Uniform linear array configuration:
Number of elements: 64
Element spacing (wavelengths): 0.5
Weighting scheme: hamming
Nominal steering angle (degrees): -15
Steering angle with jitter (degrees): -16.797
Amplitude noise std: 0.05
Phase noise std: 0.05

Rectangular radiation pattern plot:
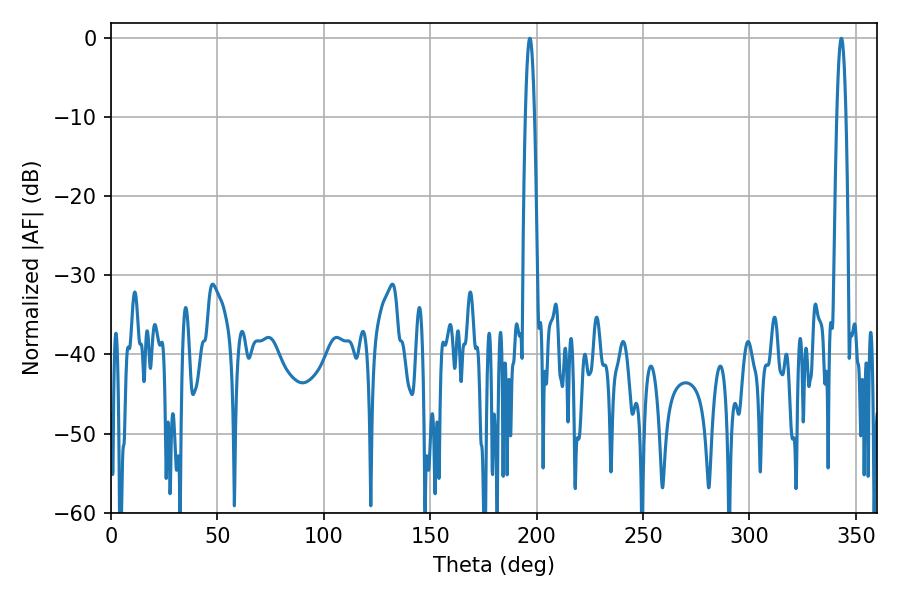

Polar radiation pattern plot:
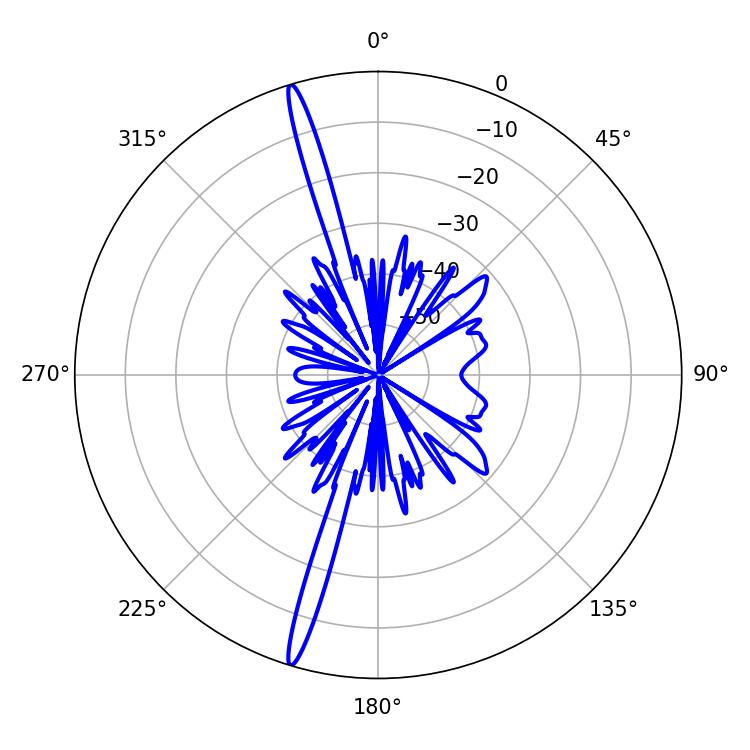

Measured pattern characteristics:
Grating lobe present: FALSE
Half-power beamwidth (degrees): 2.34
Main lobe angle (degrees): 196.74